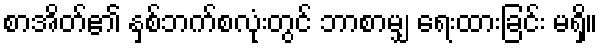
စာအိတ်၏ နှစ်ဘက်စလုံးတွင် ဘာစာမျှ ရေးထားခြင်း မရှိ။